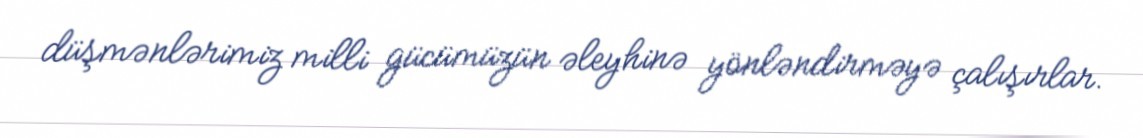
düşmənlərimiz milli gücümüzün əleyhinə yönləndirməyə çalışırlar.